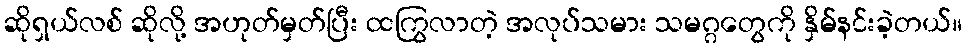
ဆိုရှယ်လစ် ဆိုလို့ အဟုတ်မှတ်ပြီး ထကြွလာတဲ့ အလုပ်သမား သမဂ္ဂတွေကို နှိမ်နင်းခဲ့တယ်။